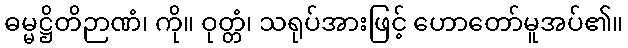
ဓမ္မဋ္ဌိတိဉာဏံ၊ ကို။ ဝုတ္တံ၊ သရုပ်အားဖြင့် ဟောတော်မူအပ်၏။